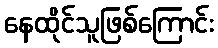
နေထိုင်သူဖြစ်ကြောင်း